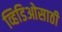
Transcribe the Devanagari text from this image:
व्हिडिओसाठी